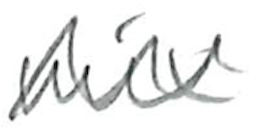
Text: mix
Cross-out: zig-zag
Writing tool: pencil